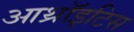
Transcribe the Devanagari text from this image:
आथ्रॉइटिस